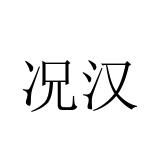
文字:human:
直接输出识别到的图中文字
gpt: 况汉